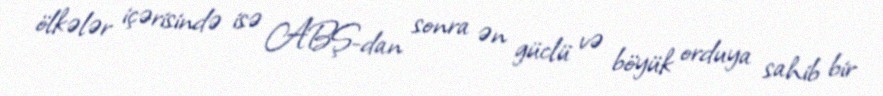
ölkələr içərisində isə ABŞ-dan sonra ən güclü və böyük orduya sahib bir